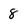
Character: 8